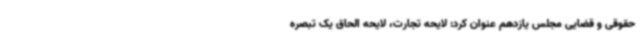
حقوقی و قضایی مجلس یازدهم عنوان کرد: لایحه تجارت، لایحه الحاق یک تبصره